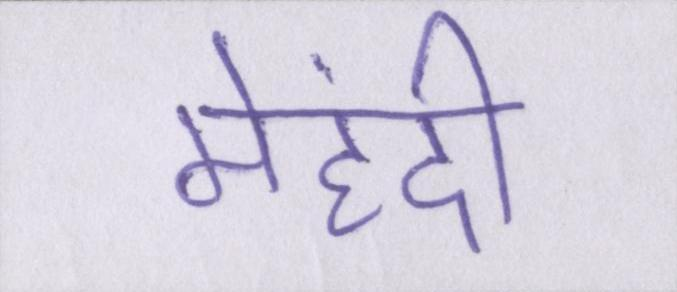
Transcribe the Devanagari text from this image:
मेहंदी